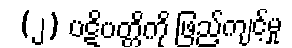
(၂) ပဋိပတ္တိကို ဖြည့်ကျင့်မှု